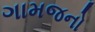
ગામજનો